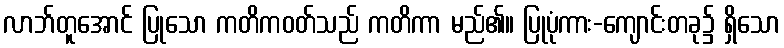
လာဘ်တူအောင် ပြုသော ကတိကဝတ်သည် ကတိကာ မည်၏။ ပြုပုံကား-ကျောင်းတခု၌ ရှိသော